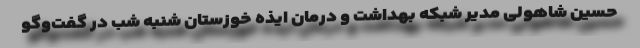
حسین شاهولی مدیر شبکه بهداشت و درمان ایذه خوزستان شنبه شب در گفت‌وگو